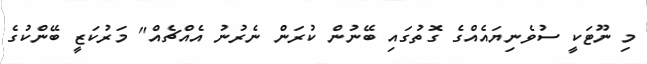
މި ނޫޓަކީ ސުވެނިޔައެއްގެ ގޮތުގައި ބޭނުން ކުރަން ނެރުނު އެއްޗެއް" މަރުކަޒީ ބޭންކުގެ